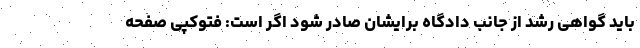
باید گواهی رشد از جانب دادگاه برایشان صادر شود اگر است: فتوکپی صفحه